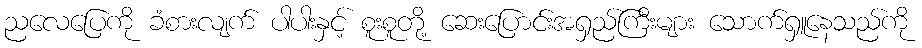
ညလေပြေကို ခံစားလျက် ပါပါးနှင့် စူးစူတို့ ဆေးပြောင်းအရှည်ကြီးများ သောက်ရှူနေသည်ကို